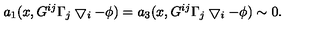
a _ { 1 } ( x , G ^ { i j } \Gamma _ { j } \bigtriangledown _ { i } - \phi ) = a _ { 3 } ( x , G ^ { i j } \Gamma _ { j } \bigtriangledown _ { i } - \phi ) \sim 0 .